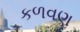
કળવણ